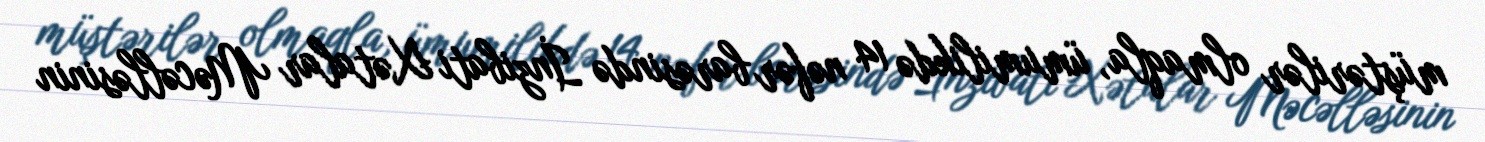
müştərilər olmaqla, ümumilikdə 14 nəfər barəsində İnzibati Xətalar Məcəlləsinin